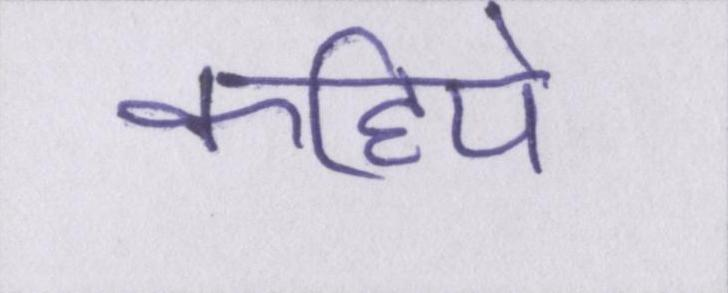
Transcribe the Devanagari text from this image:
कहिये